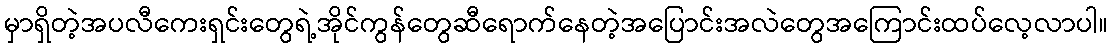
မှာရှိတဲ့အပလီကေးရှင်းတွေရဲ့အိုင်ကွန်တွေဆီရောက်နေတဲ့အပြောင်းအလဲတွေအကြောင်းထပ်လေ့လာပါ။